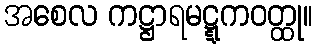
အစေလ ကဋ္ဌာရမဋ္ဋကဝတ္ထု။